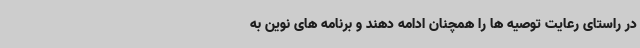
در راستای رعایت توصیه ها را همچنان ادامه دهند و برنامه های نوین به